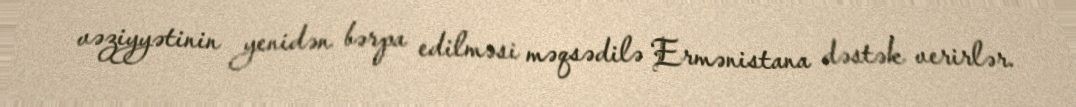
vəziyyətinin yenidən bərpa edilməsi məqsədilə Ermənistana dəstək verirlər.